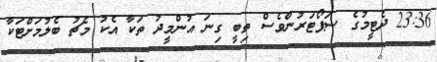
23:36 ދެޓީމުގެ ސަޕޯޓަރުންވެސް ތިބީ ގިނަ އުންމީދު ތަކާ އެކު މެޗު ބެލުމަށްޓަކާ